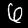
Digit: 6